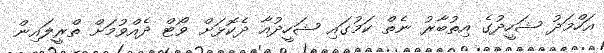
އަހްމަދު ޝަހީދުގެ އިތުބާރު ނެތް ކަމުގައި ޝަހީދުއާ ދެކޮޅަށް ވޯޓް ދެއްވުމަށް ތްރީލައިން